system: You are a helpful assistant.
user:
Analyze the provided spectrum to determine if it is a **M-type Giant (gM)**.

A M-type Giant spectrum is defined by its **strong molecular absorption** features, particularly from **Titanium Oxide (TiO)**. You must check for one of the following mutually exclusive signatures:

- **Key Visual Indicators (Absorption-Dominated Spectrum):**

    - **(Primary):** The spectrum is dominated by strong molecular absorption from **Titanium Oxide (TiO)**. This is the **defining feature** of its M-type temperature class.
        - **(Key Bandheads):** Look for sharp, "saw-tooth" absorption valleys. The strongest are located near **~7050 Å**, **~6160 Å**, and **~5170 Å**.
        - **(Line Profile):** The "saw-tooth" morphology is critical: a **sharp, steep drop on the BLUE (short-wavelength) side** of the bandhead, followed by a gradual recovery (rising flux) towards the RED (long-wavelength) side.

    - **(Key Confirmation - Giant vs. Dwarf):** **ABSENCE** of strong **Calcium Hydride (CaH)** molecular bands. This is the primary diagnostic for *excluding* M-dwarfs.
        - **(Key Region):** The spectrum should lack the strong, broad absorption band seen in dwarfs between **~6800 Å and ~7000 Å**.

    - **(Secondary Confirmation - Giant):** A very strong and broad **Neutral Calcium (Ca I)** atomic absorption line.
        - **(Key Line):** Located at **~4226 Å**. In a giant (gM), this line is significantly deeper and broader than the same line in an M-dwarf (dM) due to low surface gravity.

    - **(Overall Spectrum):**
        - The continuum is **extremely red-sloping** (i.e., flux is very low in the blue and rises dramatically towards the red).
        - The entire spectrum appears "chopped up" by the deep TiO bands.

Think first, call **spectral_visualization_tool** if needed to examine features in detail, then provide your final answer. Your response must adhere to the following strict rules:
1.  **Overall Structure:** Your response must follow the format `<think>...</think> <tool_call>...</tool_call> (if a tool is used) <answer>...</answer>`.
2.  **Tool Usage Constraint:** You may only make **one** tool call per turn.
3.  **Final Answer Format:** In the `<answer>` tag, your conclusion must be inside a `\boxed{}` command (e.g., `\boxed{YES}` or `\boxed{NO}`), followed by your justification.

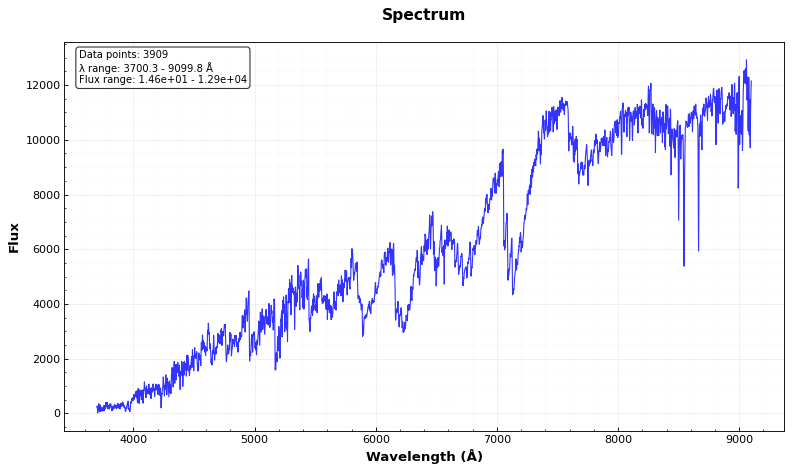
Answer: YES